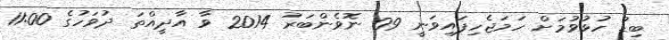
ބިޑު ހުޅުވުމަށް ހަމަޖެހިފައިވަނީ 09 ނޮވެންބަރު 2014 ވާ އާދީއްތަ ދުވަހުގެ 11:00